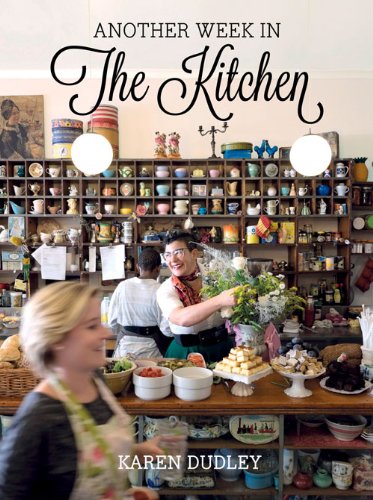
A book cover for Another Week in the Kitchen (A Week In The Kitchen); Karen Dudley; Cookbooks, Food & Wine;